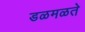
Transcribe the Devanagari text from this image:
डळमळते